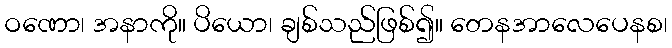
ဝဏော၊ အနာကို။ ပိယော၊ ချစ်သည်ဖြစ်၍။ တေနအာလေပေနစ၊